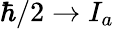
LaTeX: \hbar/2\to I_{a}